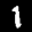
Label: 1